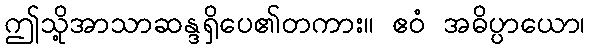
ဤသို့အာသာဆန္ဒရှိပေ၏တကား။ ဧဝံ အဓိပ္ပာယော၊